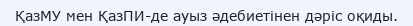
ҚазМУ мен ҚазПИ-де ауыз әдебиетінен дәріс оқиды.